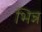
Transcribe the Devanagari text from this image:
भिन्न